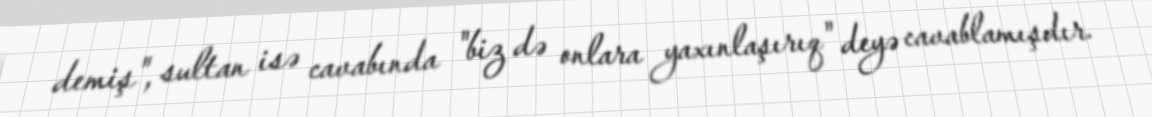
demiş", sultan isə cavabında "biz də onlara yaxınlaşırıq" deyə cavablamışdır.